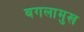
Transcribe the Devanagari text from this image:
बगलामुख